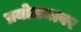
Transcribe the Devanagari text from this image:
प्रयोजनावर